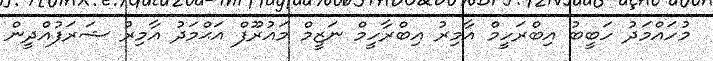
މުހައްމަދު ހަބީބު އިބްރަހީމް އާމިރު އިބްރާހީމް ނަޒީމް މައުރޫފް އަޙްމަދު އާމިރު ޝަރަފުއްދީން